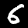
Digit: 6